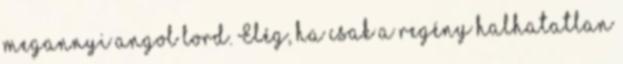
megannyi angol lord. Elég, ha csak a regény halhatatlan